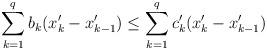
LaTeX: \begin{align*}\sum^q_{k=1} b_k (x'_{k} - x'_{k-1}) \leq \sum^q_{k=1} c'_k (x'_{k} - x'_{k-1})\end{align*}